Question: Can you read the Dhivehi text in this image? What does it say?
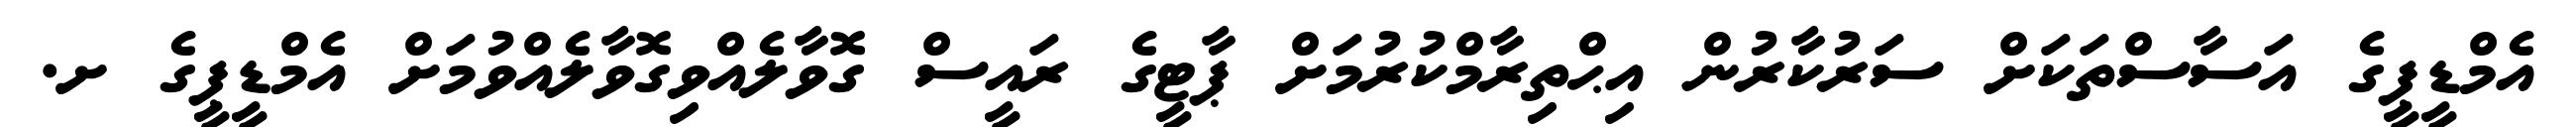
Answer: އެމްޑީޕީގެ އަސާސްތަކަށް ސަރުކާރުން އިޙްތިރާމްކުރުމަށް ޕާޓީގެ ރައީސް ގޮވާލެއްވިގޮވާލެއްވުމަށް އެމްޑީޕީގެ ށ.